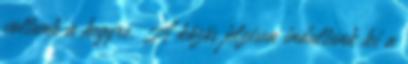
voltunk a hegyre. A közös jelzésen indultunk ki a